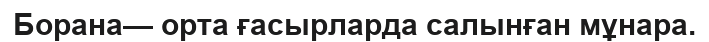
Борана— орта ғасырларда салынған мұнара.